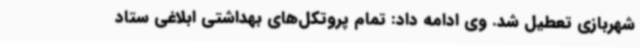
شهربازی تعطیل شد. وی ادامه داد: تمام پروتکل‌های بهداشتی ابلاغی ستاد